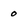
Character: 0